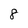
Character: 8